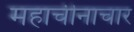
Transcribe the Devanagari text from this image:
महाचीनाचार